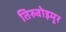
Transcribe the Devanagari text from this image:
तिरुवोइमूर